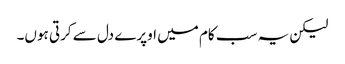
لیکن یہ سب کام میں اوپرے دل سے کرتی ہوں۔